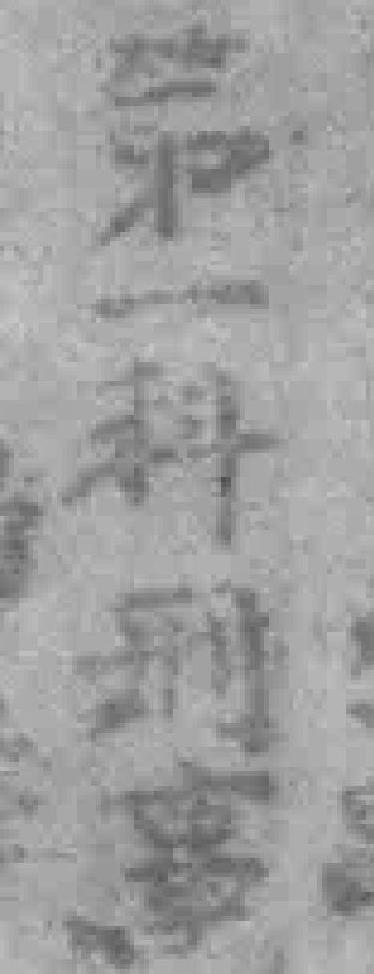
第一科刑事